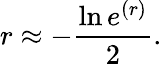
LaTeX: r\approx-\frac{\ln e^{(r)}}{2}.